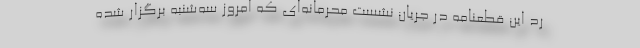
رد این قطعنامه در جریان نشست محرمانه‌ای که امروز سه‌شنبه برگزار شده